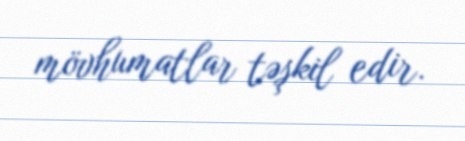
mövhumatlar təşkil edir.